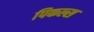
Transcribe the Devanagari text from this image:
पिकल्स